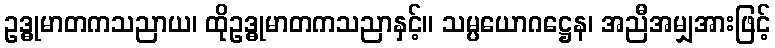
ဥဒ္ဓုမာတကသညာယ၊ ထိုဥဒ္ဓုမာတကသညာနှင့်။ သမ္ပယောဂဋ္ဌေန၊ အညီအမျှအားဖြင့်